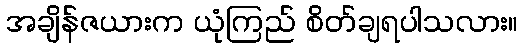
အချိန်ဇယားက ယုံကြည် စိတ်ချရပါသလား။